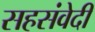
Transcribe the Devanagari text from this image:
सहसंवेदी